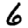
Digit: 6